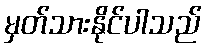
မှတ်သားနိုင်ပါသည်